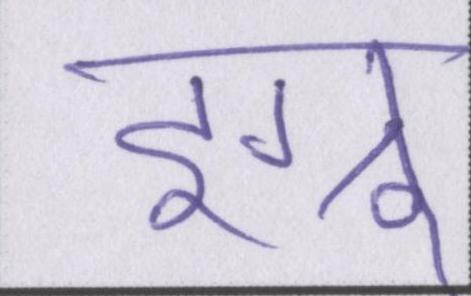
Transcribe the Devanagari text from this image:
इग्नू